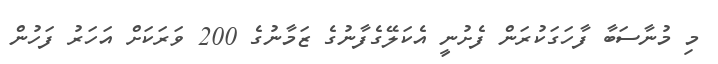
މި މުނާސަބާ ފާހަގަކުރަން ފެށުނީ އެކަލޭގެފާނުގެ ޒަމާނުގެ 200 ވަރަކަށް އަހަރު ފަހުން